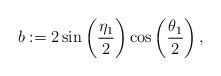
LaTeX: \begin{align*}b:= 2 \sin\bigg( \frac {\eta_1} {2} \bigg) \cos\left( \frac {\theta_1} {2} \right),\end{align*}